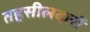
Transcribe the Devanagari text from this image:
तहसीलदारों